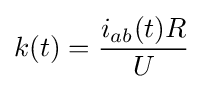
k(t)={\frac {i_{ab}(t)R}{U}}